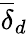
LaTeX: \overline{{\delta}}_{d}